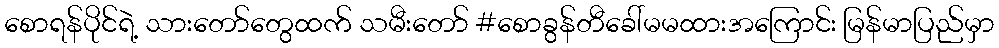
စောရန်ပိုင်ရဲ့ သားတော်တွေထက် သမီးတော် #စောခွန်တီခေါ်မမထားအကြောင်း မြန်မာပြည်မှာ